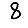
Digit: 8